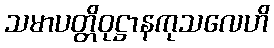
သမာပတ္တိဝုဋ္ဌာနကုသလေဟိ